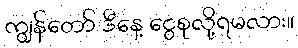
ကျွန်တော် ဒီနေ့ ငွေစုလို့ရမလား။